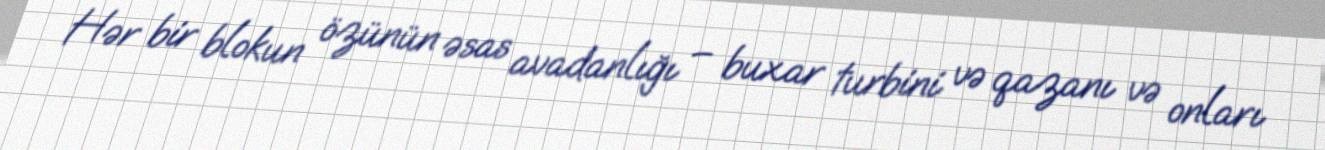
Hər bir blokun özünün əsas avadanlığı – buxar turbini və qazanı və onları